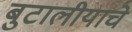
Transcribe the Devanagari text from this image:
बुटालीयाचे